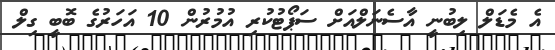
އެ މެޑަލް ލިބުނީ އާސެނަލްއަށް ސަޕޯޓުކުރި އުމުރުން 10 އަހަރުގެ ބޮބީ ގިލް